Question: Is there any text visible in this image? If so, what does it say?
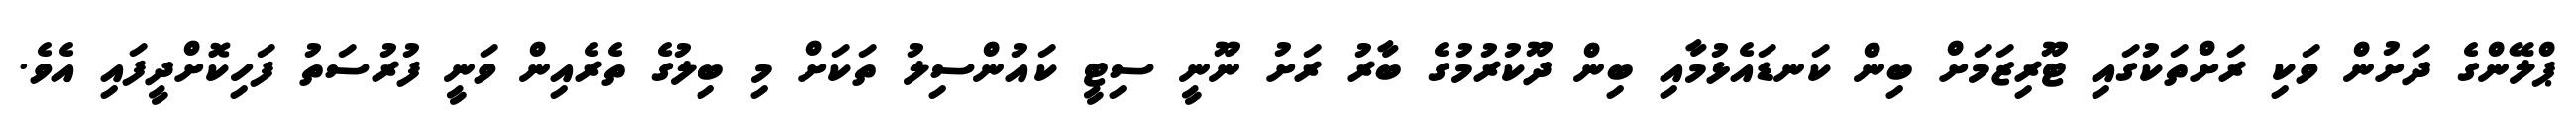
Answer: ޕްލޭންގެ ދަށުން ވަކި ރަށްތަކުގައި ޓޫރިޒަމަށް ބިން ކަނޑައެޅުމާއި ބިން ދޫކުރުމުގެ ބާރު ރަށު ނޫނީ ސިޓީ ކައުންސިލު ތަކަށް މި ބިލުގެ ތެރެއިން ވަނީ ފުރުސަތު ފަހިކޮށްދީފައި އެވެ.